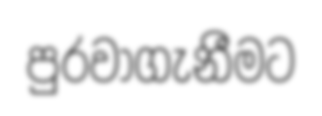
පුරවාගැනීමට